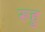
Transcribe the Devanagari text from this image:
रूहु